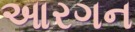
આરગન